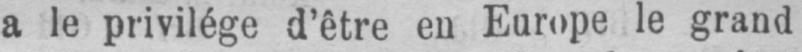
a le privilège d’être en Europe le grand